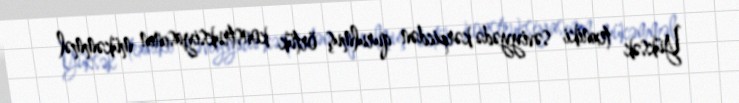
Yüksək texniki səviyyədə kərpicdən qurulmuş örtük konstruksiyasının mükəmməl